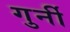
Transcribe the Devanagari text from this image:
गुर्नी